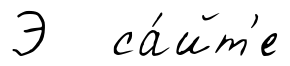
Э са́йт'е